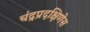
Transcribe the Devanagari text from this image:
चंद्रप्रदक्षिणेस